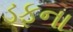
ડફના